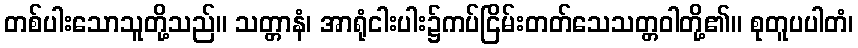
တစ်ပါးသောသူတို့သည်။ သတ္တာနံ၊ အာရုံငါးပါး၌ကပ်ငြိမ်းတတ်သေသတ္တဝါတို့၏။ စုတူပပါတံ၊